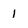
Character: 1